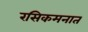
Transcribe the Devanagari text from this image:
रसिकमनात